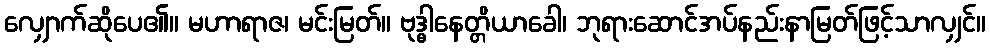
လျှောက်ဆိုပေ၏။ မဟာရာဇ၊ မင်းမြတ်။ ဗုဒ္ဓါနေတ္တိယာခေါ၊ ဘုရားဆောင်အပ်နည်းနာမြတ်ဖြင့်သာလျှင်။